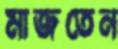
মাজতেন